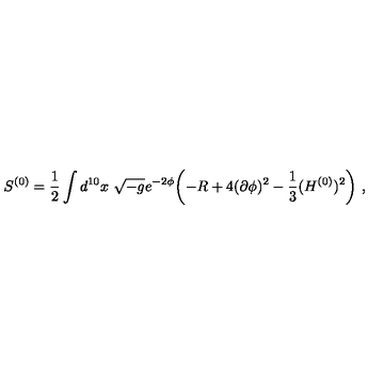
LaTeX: S ^ { ( 0 ) } = \frac { 1 } { 2 } \int d ^ { 1 0 } x \ \sqrt { - g } e ^ { - 2 \phi } \biggl ( - R + 4 ( \partial \phi ) ^ { 2 } - { \frac { 1 } { 3 } } ( H ^ { ( 0 ) } ) ^ { 2 } \biggr ) \ ,